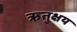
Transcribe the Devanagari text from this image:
ऋतुक्षय